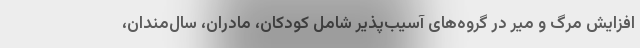
افزایش مرگ و میر در گروه‌های آسیب‌پذیر شامل کودکان، مادران، سال‌مندان،